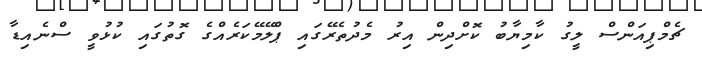
ޗެމްޕިއަންސް ލީގު ކާމިޔާބު ކޮށްދިން އިރު މެދުތެރޭގައި ޕްލޭމޭކަރެއްގެ ގޮތުގައި ކުޅުވީ ސްނެއިޑާ